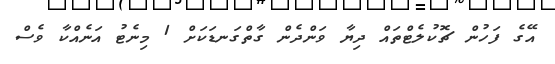
އޭގެ ފަހުން ޗޮކުލެޓްތައް ދިޔާ ވަންދެން ގާތްގަނޑަކަށް 1 މިނެޓު އަނެއްކާ ވެސް